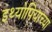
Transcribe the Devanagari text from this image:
इथ्योपियाच्या